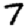
Digit: 7